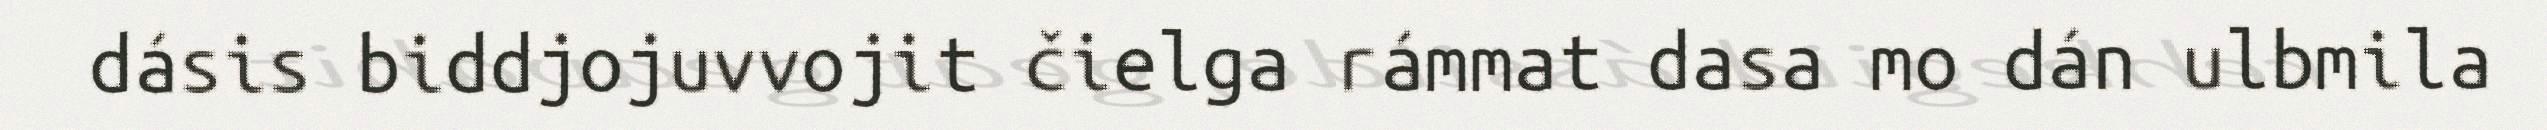
dásis biddjojuvvojit čielga rámmat dasa mo dán ulbmila